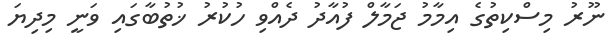
ނޫރު މިސްކިތުގެ އިމާމު ޖަމާލް ފުއާދު ދެއްވި ހުކުރު ޚުތުބާގައި ވަނީ މިދިޔަ